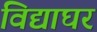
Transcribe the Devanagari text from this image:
विद्याघर